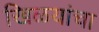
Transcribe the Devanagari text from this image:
खिळयांचा